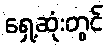
ရှေ့ဆုံးတွင်